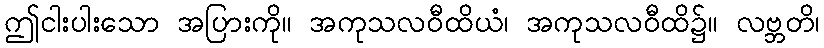
ဤငါးပါးသော အပြားကို။ အကုသလဝီထိယံ၊ အကုသလဝီထိ၌။ လဗ္ဘတိ၊